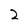
Character: 2